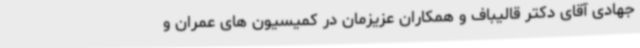
جهادی آقای دکتر قالیباف و همکاران عزیزمان در کمیسیون های عمران و